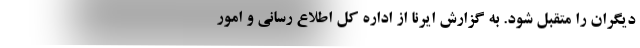
دیگران را متقبل شود. به گزارش ایرنا از اداره کل اطلاع رسانی و امور